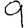
Digit: 9